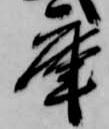
庫